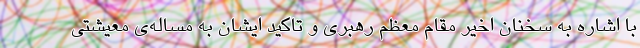
با اشاره به سخنان اخیر مقام معظم رهبری و تاکید ایشان به مساله‌ی معیشتی